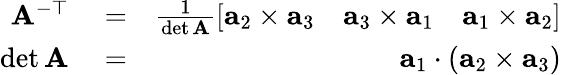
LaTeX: \begin{array}{rlr}{\mathbf{A}^{-\top}}&{{}=}&{\frac{1}{\operatorname*{det}\mathbf{A}}\left[\begin{array}{ccc}{\mathbf{a}_{2}\times\mathbf{a}_{3}}&{\mathbf{a}_{3}\times\mathbf{a}_{1}}&{\mathbf{a}_{1}\times\mathbf{a}_{2}}\end{array}\right]}\\ {\operatorname*{det}\mathbf{A}}&{{}=}&{\mathbf{a}_{1}\cdot(\mathbf{a}_{2}\times\mathbf{a}_{3})}\end{array}